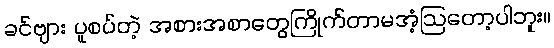
ခင်ဗျား ပူစပ်တဲ့ အစားအစာတွေကြိုက်တာမအံ့ဩတော့ပါဘူး။